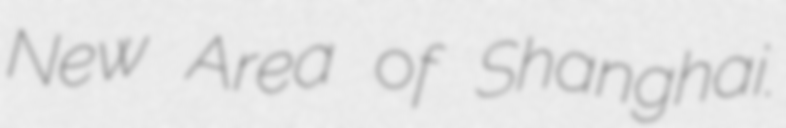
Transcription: New Area of Shanghai.